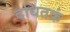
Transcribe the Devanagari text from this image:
दधितक्रं